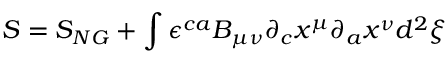
S = S _ { N G } + \int { \epsilon } ^ { c a } B _ { \mu \nu } { \partial } _ { c } x ^ { \mu } { \partial } _ { a } x ^ { \nu } d ^ { 2 } { \xi }